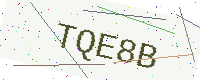
Text: TQE8B